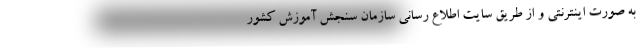
به صورت اینترنتی و از طریق سایت اطلاع رسانی سازمان سنجش آموزش کشور